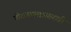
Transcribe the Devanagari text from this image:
पीतकमलासारखी